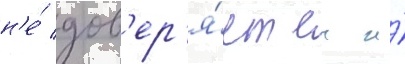
н'е́ дов'ер'я́ет еи и́